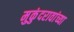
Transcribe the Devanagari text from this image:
मुकुंदरावांच्या